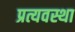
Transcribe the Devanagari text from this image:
प्रत्यवस्था